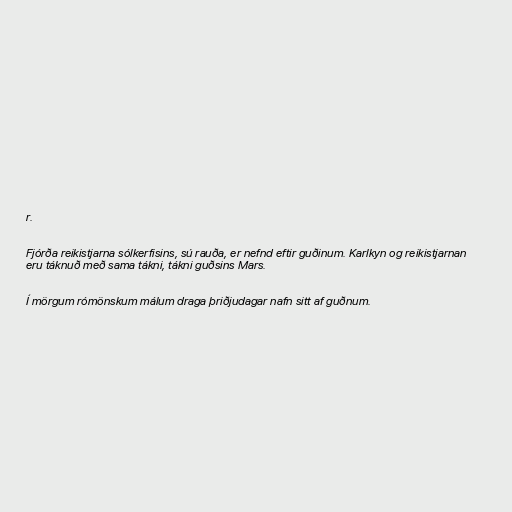
r.

Fjórða reikistjarna sólkerfisins, sú rauða, er nefnd eftir guðinum. Karlkyn og reikistjarnan
eru táknuð með sama tákni, tákni guðsins Mars.

Í mörgum rómönskum málum draga þriðjudagar nafn sitt af guðnum.